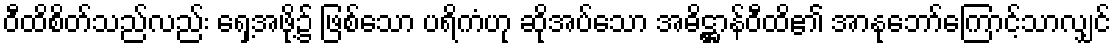
ဝီထိစိတ်သည်လည်း ရှေ့အဖို့၌ ဖြစ်သော ပရိကံဟု ဆိုအပ်သော အဓိဋ္ဌာန်ဝီထိ၏ အာနုဘော်ကြောင့်သာလျှင်